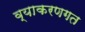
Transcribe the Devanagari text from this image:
व्याकरणगत